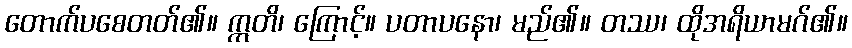
တောက်ပစေတတ်၏။ ဣတိ၊ ကြောင့်။ ပတာပနော၊ မည်၏။ တဿ၊ ထိုအရိယာမဂ်၏။